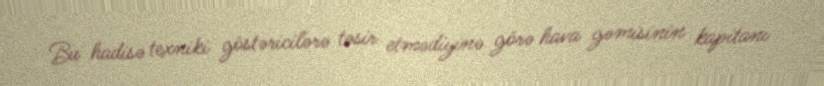
Bu hadisə texniki göstəricilərə təsir etmədiyinə görə hava gəmisinin kapitanı